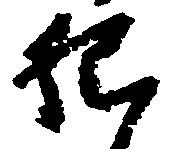
院